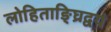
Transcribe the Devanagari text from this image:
लोहिताङ्घ्रिद्वयं